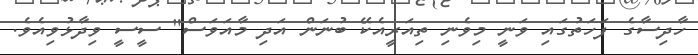
ހާދިސާގެ ފަހަތުގައި ވަނީ މިވެނި ތިއަރީއެކޭ ބުނަން އަދި މާއަވަސް" ސީސީ ވިދާޅުވިއެވެ.